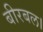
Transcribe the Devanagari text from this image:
बीरबल।